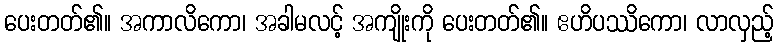
ပေးတတ်၏။ အကာလိကော၊ အခါမလင့် အကျိုးကို ပေးတတ်၏။ ဧဟိပဿိကော၊ လာလှည့်